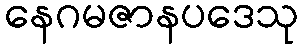
နေဂမဇာနပဒေသု